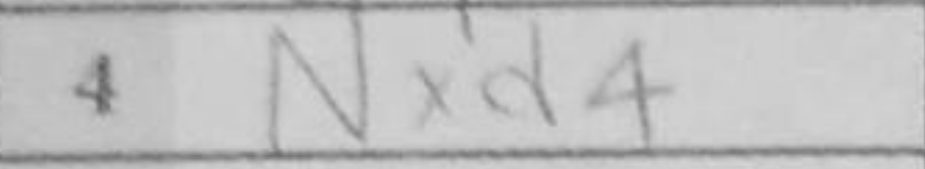
Transcription: Nxd4